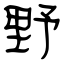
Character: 野